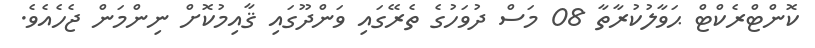
ކޮންޓްރެކްޓް ޙަވާލުކުރާތާ 08 މަސް ދުވަހުގެ ތެރޭގައި ވަންދޫގައި ޤާއިމުކޮށް ނިންމަން ޖެހެއެވެ.